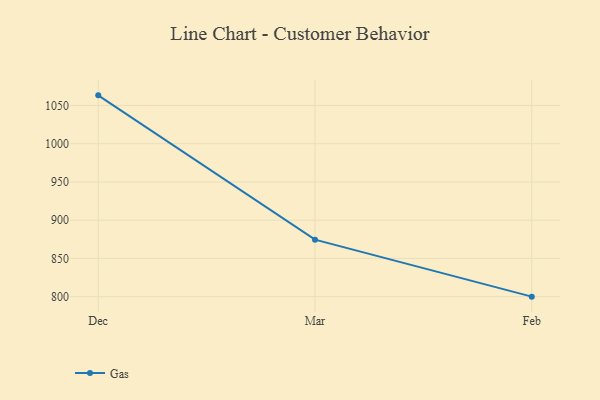
{"axis": {"x": "Month", "y": "Bounce Rate (%)"}, "legend": ["Gas"], "data": [{"x": "Dec", "y": 1063.2, "type": "Gas"}, {"x": "Mar", "y": 874.5, "type": "Gas"}, {"x": "Feb", "y": 800, "type": "Gas"}]}